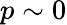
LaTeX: p\sim 0